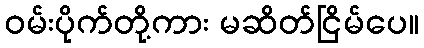
ဝမ်းပိုက်တို့ကား မဆိတ်ငြိမ်ပေ။